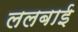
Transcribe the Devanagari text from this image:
ललबाई